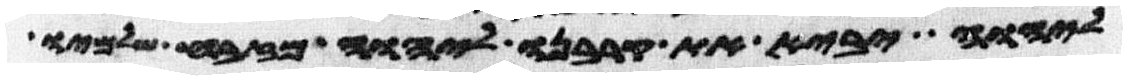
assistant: ליהוה יביא את קרבנו ליהוה מזבח שלמיו